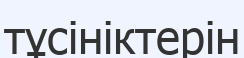
тұсініктерін